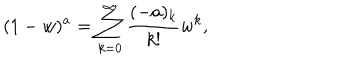
( 1 - w ) ^ { a } = \sum _ { k = 0 } ^ { \infty } { \frac { ( - a ) _ { k } } { k ! } } w ^ { k } ,